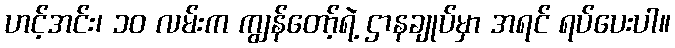
ဟင့်အင်း၊ ၁၀ လမ်းက ကျွန်တော့်ရဲ့ ဌာနချုပ်မှာ အရင် ရပ်ပေးပါ။